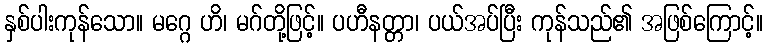
နှစ်ပါးကုန်သော။ မဂ္ဂေ ဟိ၊ မဂ်တို့ဖြင့်။ ပဟီနတ္တာ၊ ပယ်အပ်ပြီး ကုန်သည်၏ အဖြစ်ကြောင့်။